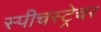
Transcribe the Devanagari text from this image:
स्पीचस्ट्रेचर